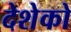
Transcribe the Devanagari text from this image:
देशेको